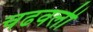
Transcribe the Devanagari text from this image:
चढवली